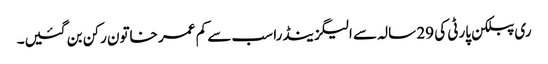
ری پبلکن پارٹی کی 29 سالہ سے الیگزینڈرا سب سے کم عمر خاتون رکن بن گئیں۔